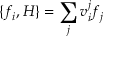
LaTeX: \{ f _ { i } , H \} = \sum _ { j } v _ { i } ^ { j } f _ { j }